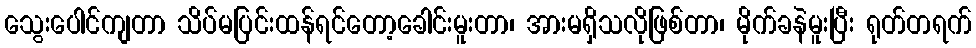
သွေးပေါင်ကျတာ သိပ်မပြင်းထန်ရင်တော့ခေါင်းမူးတာ၊ အားမရှိသလိုဖြစ်တာ၊ မိုက်ခနဲမူးပြီး ရုတ်တရက်